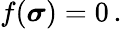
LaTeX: f({\boldsymbol{\sigma}})=0\, .